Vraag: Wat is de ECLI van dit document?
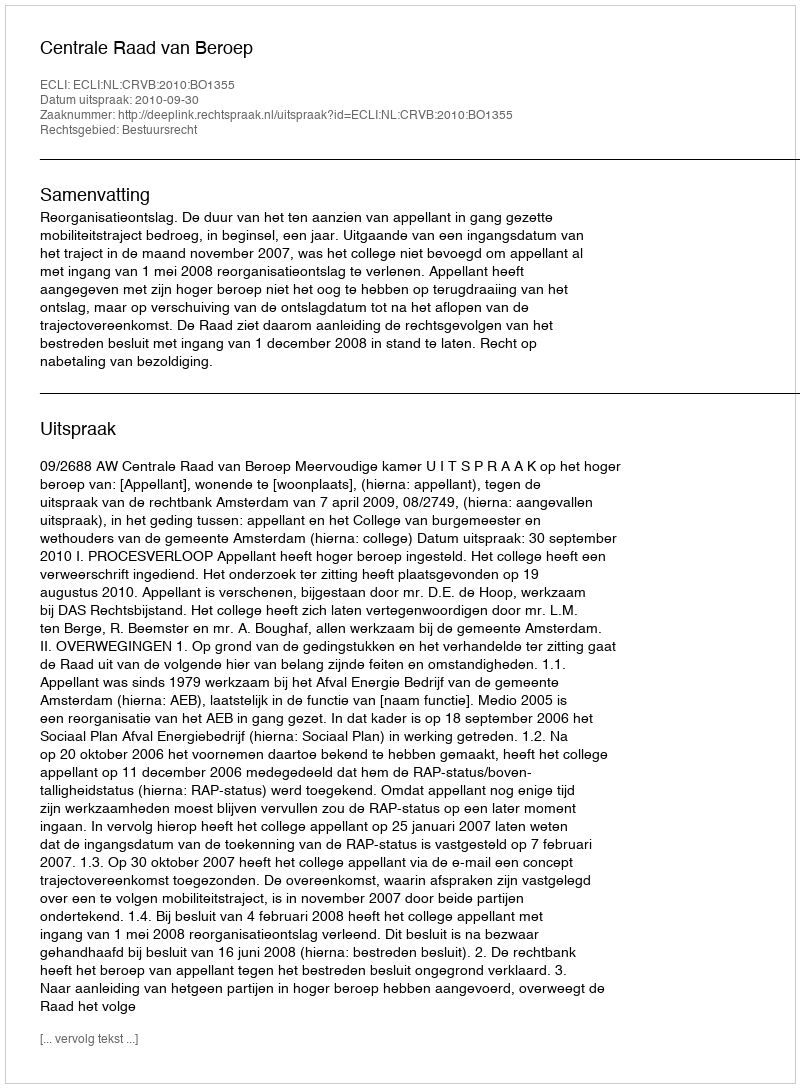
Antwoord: ECLI:NL:CRVB:2010:BO1355